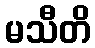
မသီတိ